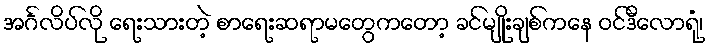
အင်္ဂလိပ်လို ရေးသားတဲ့ စာရေးဆရာမတွေကတော့ ခင်မျိုးချစ်ကနေ ဝင်ဒီလောရုံ၊